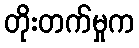
တိုးတက်မှုက